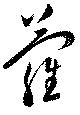
蘿